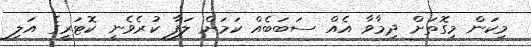
މިކަން މިގޮތަށް ދިމާވާ އެއް ސަބަބެއް ކަމަށް ލަފާ ކުރެވެނީ ކޮޓަރީގެ އަލި